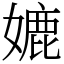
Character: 㜙